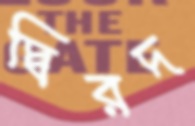
দ্বিরদ